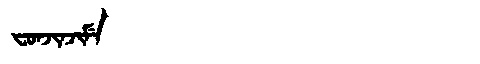
Manchu: ᠸᠣᠨᠵᡳᠨᠵᡳᠮᡝ
Romanization: FONJINJIME